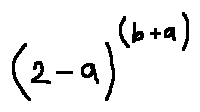
( 2 - a ) ^ { ( b + a ) }